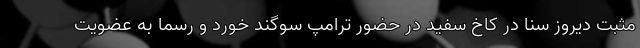
مثبت دیروز سنا در کاخ سفید در حضور ترامپ سوگند خورد و رسما به عضویت